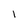
Character: 1